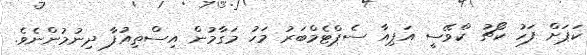
ކަޕަށް ފަހު ކޯޗު ކްވޭސީ އަޕިއާ ސެޕްޓެމްބަރު މަހު މަގާމުން އިސްތިއުފާ ދިނުމުންނެވެ.